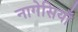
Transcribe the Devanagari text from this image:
नागेसियाँ